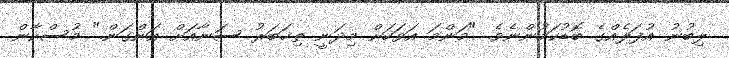
ލިބުނު އުފަލެއްގެ ބޮޑުކަމުންނެވެ. "މަންމަ އަވަހަށް މިދަނީ ތިޚަބަރު ސަނާއަށް އަންގަން." މުސްކާން